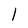
Character: l